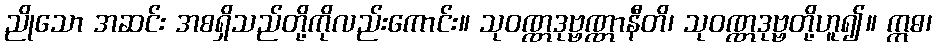
ညိုသော အဆင်း အစရှိသည်တို့ကိုလည်းကောင်း။ သုဝဏ္ဏဒုဗ္ဗဏ္ဏာနီတိ၊ သုဝဏ္ဏဒုဗ္ဗတို့ဟူ၍။ ဣဓ၊